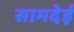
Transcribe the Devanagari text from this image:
सामदेई